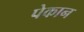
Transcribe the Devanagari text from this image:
पेकान